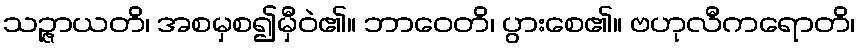
သဉ္ဇာယတိ၊ အစမှစ၍မှီဝဲ၏။ ဘာဝေတိ၊ ပွားစေ၏။ ဗဟုလီကရောတိ၊